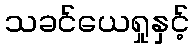
သခင်ယေရှုနှင့်